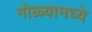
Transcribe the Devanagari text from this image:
गोळ्यामध्ये